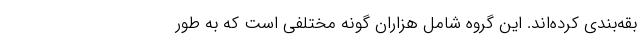
بقه‌بندی کرده‌اند. این گروه شامل هزاران گونه مختلفی است که به طور